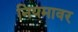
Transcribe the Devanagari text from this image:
नियमावर